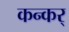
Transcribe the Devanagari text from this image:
कन्कर्